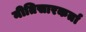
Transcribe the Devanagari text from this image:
नीतिसारकर्ता